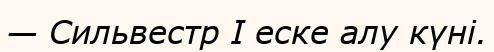
— Сильвестр І еске алу күні.